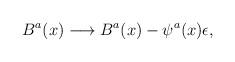
LaTeX: \begin{align*}B^a(x) \longrightarrow B^a(x) - \psi^a(x) \epsilon,\end{align*}